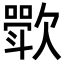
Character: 𬅰